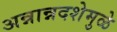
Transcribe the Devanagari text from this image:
अन्नान्नदशेमुळे